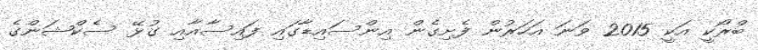
ބްރޯކީ އަކީ 2015 ވަނަ އަހަރުން ފެށިގެން އިންސައިޑާގައި ފައިސާއާއި ގުޅޭ ސެކްޝަންގެ